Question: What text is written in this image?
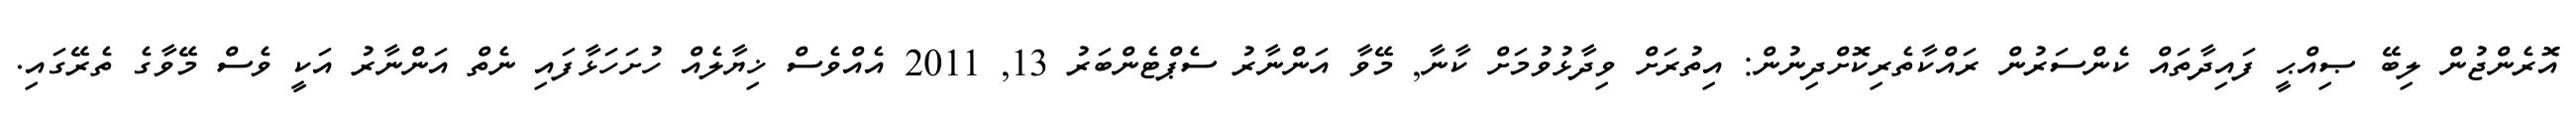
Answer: އޮރެންޖުން ލިބޭ ޞިއްޙީ ފައިދާތައް ކެންސަރުން ރައްކާތެރިކޮށްދިނުން: އިތުރަށް ވިދާޅުވުމަށް ކާނާ, މޭވާ އަންނާރު ސެޕްޓެންބަރު 13, 2011 އެއްވެސް ޚިޔާލެއް ހުށަހަޅާފައި ނެތް އަންނާރު އަކީ ވެސް މޭވާގެ ތެރޭގައި.